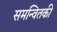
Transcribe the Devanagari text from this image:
समन्वितकी